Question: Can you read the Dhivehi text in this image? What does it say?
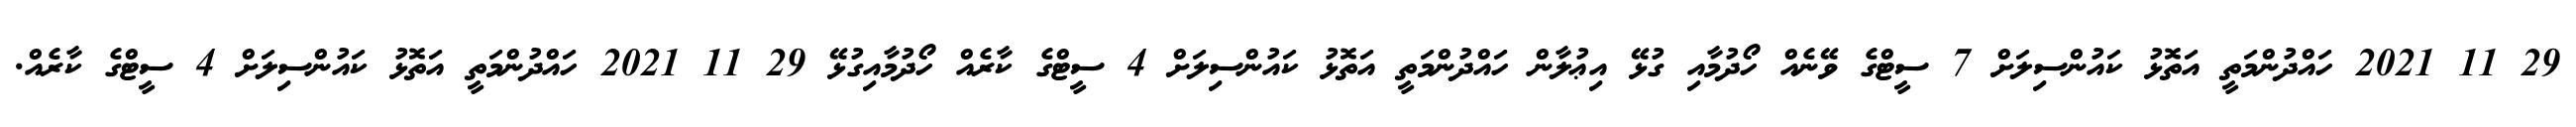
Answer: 29 11 2021 ހައްދުންމަތީ އަތޮޅު ކައުންސިލަށް 7 ސީޓްގެ ވޭނެއް ހޯދުމާއި ގުޅޭ އިޢުލާން ހައްދުންމަތީ އަތޮޅު ކައުންސިލަށް 4 ސީޓްގެ ކާރެއް ހޯދުމާއިގުޅޭ 29 11 2021 ހައްދުންމަތީ އަތޮޅު ކައުންސިލަށް 4 ސީޓްގެ ކާރެއް.